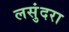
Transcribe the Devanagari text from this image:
लसुंदरा